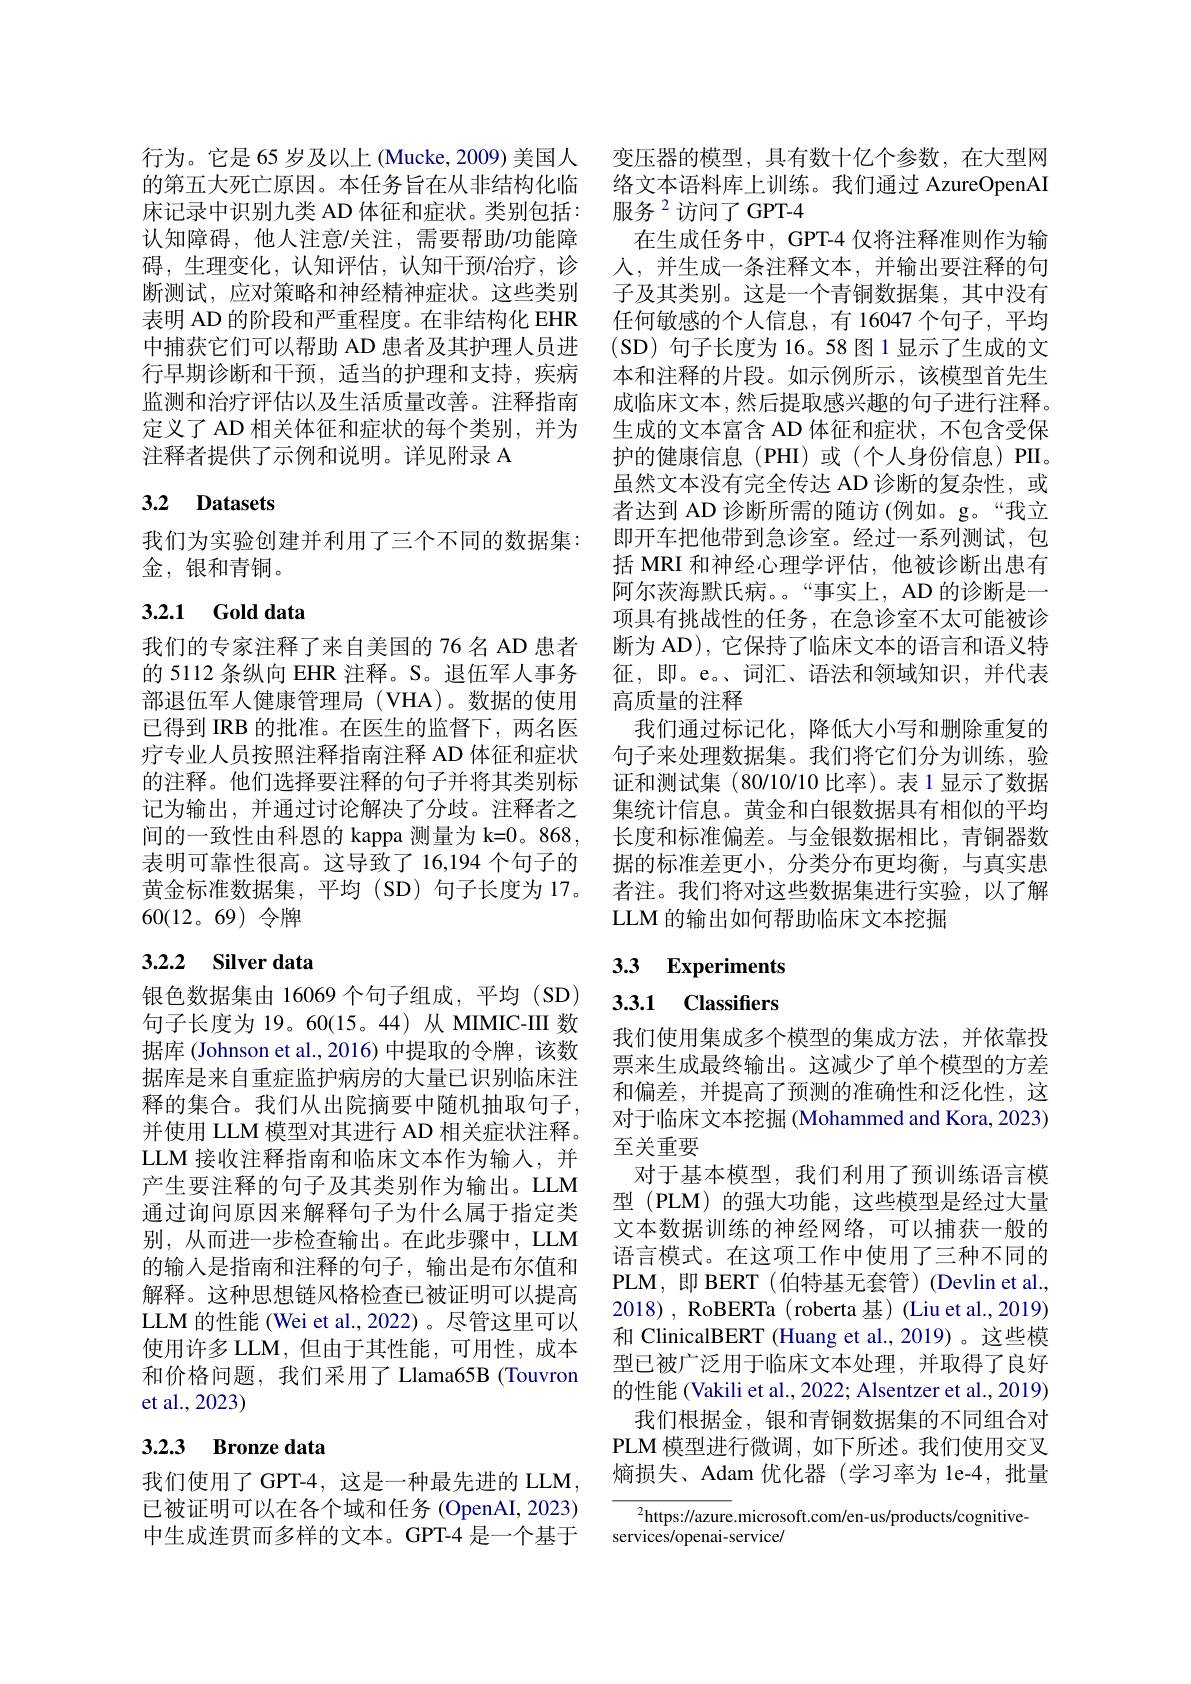
行为。它是65 岁及以上 (Mucke, 2009) 美国人 变压器的模型，具有数十亿个参数，在大型网的第五大死亡原因。本任务旨在从非结构化临 络文本语料库上训练。我们通过 AzureOpenAI 床记录中识别九类 AD 体征和症状。类别包括：服务 $^{2}$访问了 GPT-4
认知障碍，他人注意$\prime$关注，需要帮助$\prime$功能障 在生成任务中，GPT-4 仅将注释准则作为输碍，生理变化，认知评估，认知干预/治疗，诊 人，并生成一条注释文本，并输出要注释的句断测试，应对策略和神经精神症状。这些类别 子及其类别。这是一个青铜数据集，其中没有表明 AD 的阶段和严重程度。在非结构化 EHR 任何敏感的个人信息，有 16047 个句子，平均中捕获它们可以帮助 AD 患者及其护理人员进 (SD) 句子长度为 16。58 图 1 显示了生成的文行早期诊断和干预，适当的护理和支持，疾病 本和注释的片段。如示例所示，该模型首先生监测和治疗评估以及生活质量改善。注释指南 成临床文本，然后提取感兴趣的句子进行注释。定义了 AD 相关体征和症状的每个类别，并为
注释者提供了示例和说明。详见附录 A

## 3.2 Datasets

我们为实验创建并利用了三个不同的数据集：
金，银和青铜。

## 3.2.1 Gold data

记为输出，并通过讨论解决了分歧。注释者之间的一致性由科恩的 kappa 测量为 k=0。868, 表明可靠性很高。这导致了 16,194 个句子的黄金标准数据集，平均(SD)句子长度为17。60(12。69)令牌

## 3.2.2 Silver data

银色数据集由 16069 个句子组成，平均 (SD) 句子长度为 19。60(15。44)从 MIMIC-III 数据库 (Johnson et al.,2016) 中提取的令牌，该数据库是来自重症监护病房的大量已识别临床注释的集合。我们从出院摘要中随机抽取句子， 并使用 LLM 模型对其进行 AD 相关症状注释。LLM 接收注释指南和临床文本作为输人，并产生要注释的句子及其类别作为输出。LLM 通过询问原因来解释句子为什么属于指定类别，从而进一步检查输出。在此步骤中，LLM 的输入是指南和注释的句子，输出是布尔值和解释。这种思想链风格检查已被证明可以提高LLM 的性能 (Wei et al., 2022)。尽管这里可以使用许多 LLM, 但由于其性能，可用性，成本和价格问题，我们采用了 Llama65B (Touvron et al.,2023)

## 3.2.3 Bronze data

我们使用了GPT-4,这是一种最先进的 LLM , 已被证明可以在各个域和任务(OpenAI,2023) 中生成连贯而多样的文本。GPT-4 是一个基于

生成的文本富含 AD 体征和症状，不包含受保护的健康信息(PHI)或(个人身份信息)PII。虽然文本没有完全传达 AD 诊断的复杂性，或者达到 AD 诊断所需的随访 (例如。g。“我立即开车把他带到急诊室。经过一系列测试，包括 MRI 和神经心理学评估，他被诊断出患有阿尔茨海默氏病。“事实上，AD 的诊断是一项具有挑战性的任务，在急诊室不太可能被诊
我们的专家注释了来自美国的 76名 AD 患者 断为 AD),它保持了临床文本的语言和语义特的 5112 条纵向 EHR 注释。S。退伍军人事务 征，即。e。词汇、语法和领域知识，并代表部退伍军人健康管理局 (VHA)。数据的使用 高质量的注释
已得到 IRB 的批准。在医生的监督下，两名医 我们通过标记化，降低大小写和删除重复的疗专业人员按照注释指南注释 AD 体征和症状 句子来处理数据集。我们将它们分为训练，验的注释。他们选择要注释的句子并将其类别标 证和测试集 (80/10/10 比率)。表 1 显示了数据
集统计信息。黄金和白银数据具有相似的平均长度和标准偏差。与金银数据相比，青铜器数
据的标准差更小，分类分布更均衡，与真实患者注。我们将对这些数据集进行实验，以了解LLM 的输出如何帮助临床文本挖掘

# 3.3 Experiments

# 3.3.1 Classifiers

我们使用集成多个模型的集成方法，并依靠投票来生成最终输出。这减少了单个模型的方差和偏差，并提高了预测的准确性和泛化性，这对于临床文本挖掘 (Mohammed and Kora, 2023) 至关重要
对于基本模型，我们利用了预训练语言模型 (PLM) 的强大功能，这些模型是经过大量文本数据训练的神经网络，可以捕获一般的语言模式。在这项工作中使用了三种不同的PLM,即 BERT (伯特基无套管) (Devlin et al., 2018), RoBERTa (roberta 基) (Liu et al., 2019) 和 ClinicalBERT (Huang et al.,2019) 。这些模型已被广泛用于临床文本处理，并取得了良好的性能 (Vakili et al., 2022; Alsentzer et al., 2019)
我们根据金，银和青铜数据集的不同组合对PLM 模型进行微调，如下所述。我们使用交叉熵损失、Adam 优化器 (学习率为 le-4,批量

$\overline{{^2\text{https:}//\text{azure}}}.$microsoft.com/en-us/products/cognitive-
services/openai-service/